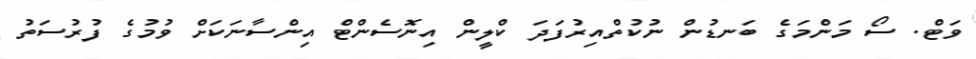
ވަޓް. ސޯ މަންމަގެ ބަނޑުން ނުކުތްއިރުފަދަ ކްލީން އިނޮސެންޓް އިންސާނަކަށް ވުމުގެ ފުރުސަތު